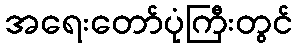
အရေးတော်ပုံကြီးတွင်